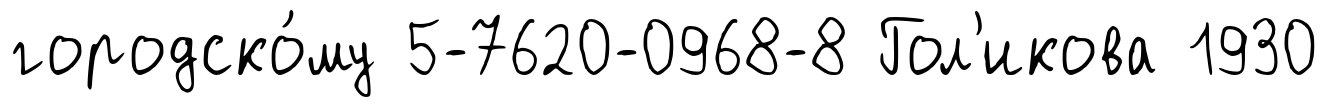
городско́му 5-7620-0968-8 Гол'икова 1930